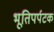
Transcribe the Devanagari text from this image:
भूतिपर्पटक